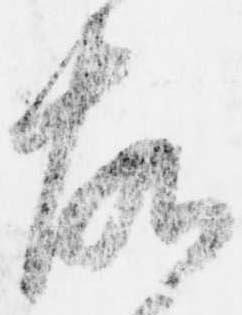
故